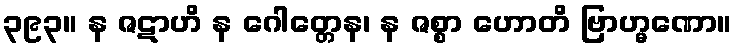
၃၉၃။ န ဇဋာဟိ န ဂေါတ္တေန၊ န ဇစ္စာ ဟောတိ ဗြာဟ္မဏော။